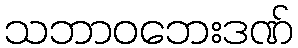
သဘာဝဘေးဒဏ်